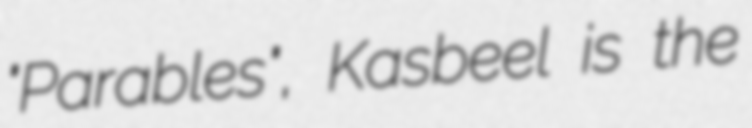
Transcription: "Parables", Kasbeel is the